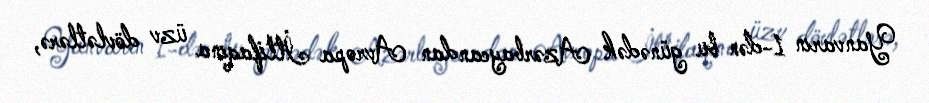
Yanvarın 1-dən bu günədək Azərbaycandan Avropa İttifaqına üzv dövlətlərə,